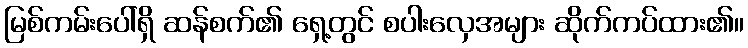
မြစ်ကမ်းပေါ်ရှိ ဆန်စက်၏ ရှေ့တွင် စပါးလှေအများ ဆိုက်ကပ်ထား၏။